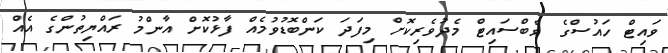
ވައިޓް ހައުސްގެ ވެބްސައިޓް މެދުވެރިކޮށް މިފަދަ ކަންބޮޑުވުމެއް ފާޅުކޮށް އާންމު ރައްޔިތުންގެ އެއް